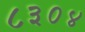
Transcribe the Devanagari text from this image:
८३०४